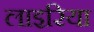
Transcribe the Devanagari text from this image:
लाइरिया